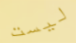
ليست